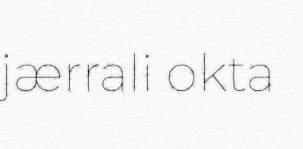
jærrali okta